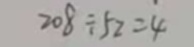
2 0 8 \div 5 2 = 4